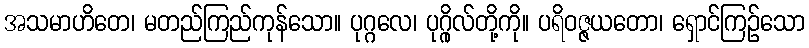
အသမာဟိတေ၊ မတည်ကြည်ကုန်သော။ ပုဂ္ဂလေ၊ ပုဂ္ဂိုလ်တို့ကို။ ပရိဝဇ္ဇယတော၊ ရှောင်ကြဉ်သော